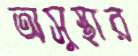
অসুস্থার